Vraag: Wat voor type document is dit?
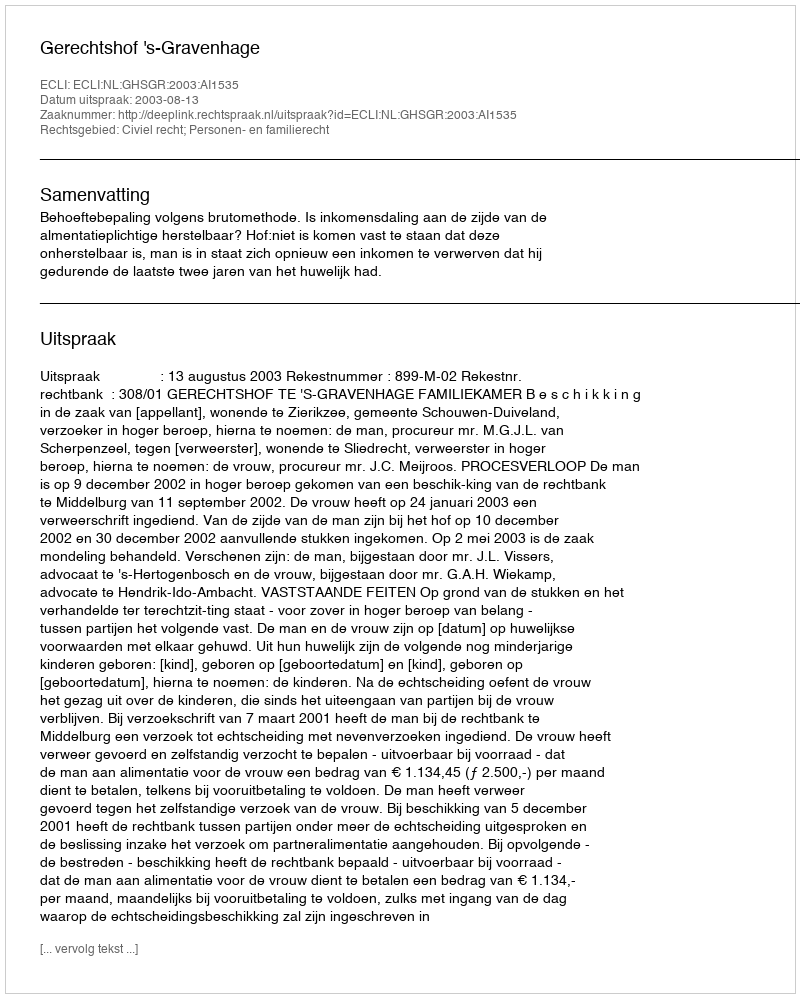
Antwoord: Uitspraak